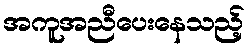
အကူအညီပေးနေသည့်